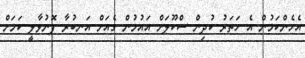
އެހެންކަމުން އެ ހަތަރު ކުދިން ސްކޫލަށް އައުމުން ގެއަށް އަނބުރާ ފޮނުވާލީ ކަމަށް